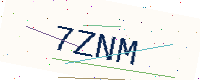
Text: 7ZNM